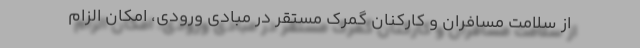
از سلامت مسافران و کارکنان گمرک مستقر در مبادی ورودی، امکان الزام